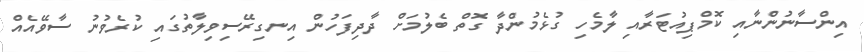
އިންސާނުންނާއި ކޮމްޕިއުޓަރާއި ލާމެހި ގުޅެމުންދާ ގޮތް ބެލުމަށް ދާދިފަހުން އިނގިރޭސިވިލާތުގައި ކުރެވުނު ސާވޭއެއް